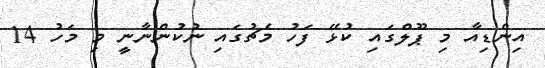
އިންޑިއާ މި ޕޫލްގައި ކުޅޭ ފަހު މެޗުގައި ނުކުންނާނީ މި މަހު 14